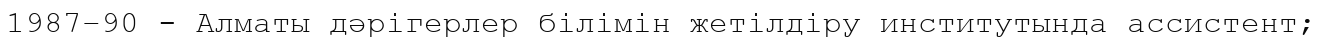
1987–90 - Алматы дәрігерлер білімін жетілдіру институтында ассистент;